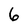
Character: 6